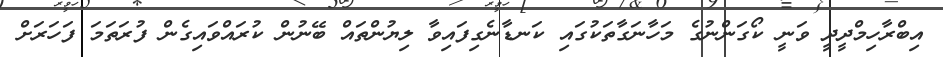
އިބްރާހިމްދީދީ ވަނީ ކޯގަންނުގެ މަހާނަގާތަކުގައި ކަނޑާނެގިފައިވާ ލިޔުންތައް ބޭނުން ކުރައްވައިގެން ފުރަތަމަ ފަހަރަށް